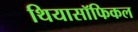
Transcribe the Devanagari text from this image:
थियासॉफिकल